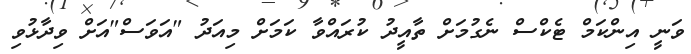
ވަނީ އިންކަމް ޓެކްސް ނެގުމަށް ތާއީދު ކުރައްވާ ކަމަށް މިއަދު "އަވަސް"އަށް ވިދާޅުވި